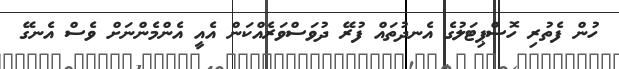
ހުން ފެތުރި ހޮސްޕިޓަލުގެ އެނދުތައް ފުރޭ ދުވަސްވަރެއްކަން އެއީ އެންމެންނަށް ވެސް އެނގޭ